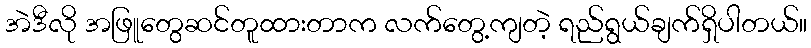
အဲဒီလို အဖြူတွေဆင်တူထားတာက လက်တွေ့ကျတဲ့ ရည်ရွယ်ချက်ရှိပါတယ်။